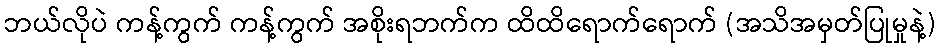
ဘယ်လိုပဲ ကန့်ကွက် ကန့်ကွက် အစိုးရဘက်က ထိထိရောက်ရောက် (အသိအမှတ်ပြုမှုနဲ့)